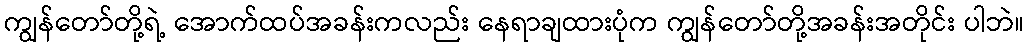
ကျွန်တော်တို့ရဲ့ အောက်ထပ်အခန်းကလည်း နေရာချထားပုံက ကျွန်တော်တို့အခန်းအတိုင်း ပါဘဲ။